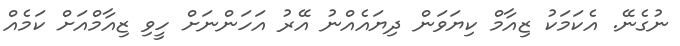
ނުގެނޭ. އެކަމަކު ޒިއާމް ކިޔަވަން ދިޔައެއްނު އޭރު އަހަންނަށް ހީވި ޒިއާމްއަށް ކަމެއް